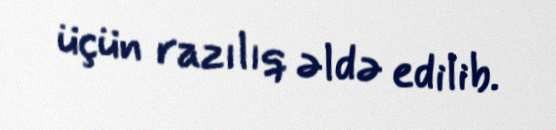
üçün razılıq əldə edilib.